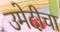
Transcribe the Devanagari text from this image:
उमेदीचा